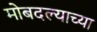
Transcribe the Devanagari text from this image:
मोबदल्याच्या